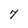
Character: 7